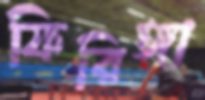
ফিরিঙ্গা